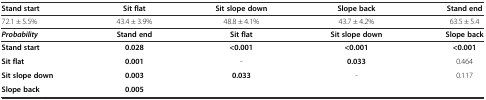
<table><thead><tr><td><b>Stand start</b></td><td><b>Sit flat</b></td><td><b>Sit slope down</b></td><td><b>Slope back</b></td><td><b>Stand end</b></td></tr></thead><tbody><tr><td>72.1 ± 5.5%</td><td>43.4 ± 3.9%</td><td>48.8 ± 4.1%</td><td>43.7 ± 4.2%</td><td>63.5 ± 5.4</td></tr><tr><td><b><i>Probability</i></b></td><td><b>Stand end</b></td><td><b>Sit flat</b></td><td><b>Sit slope down</b></td><td><b>Slope back</b></td></tr><tr><td><b>Stand start</b></td><td><b>0.028</b></td><td><b>&lt;0.001</b></td><td><b>&lt;0.001</b></td><td><b>&lt;0.001</b></td></tr><tr><td><b>Sit flat</b></td><td><b>0.001</b></td><td>-</td><td><b>0.033</b></td><td>0.464</td></tr><tr><td><b>Sit slope down</b></td><td><b>0.003</b></td><td><b>0.033</b></td><td>-</td><td>0.117</td></tr><tr><td><b>Slope back</b></td><td><b>0.005</b></td><td></td><td></td><td></td></tr></tbody></table>